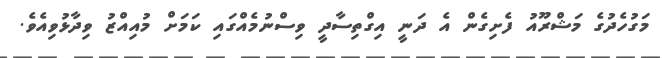
މަގުހެދުގެ މަޝްރޫއު ފެށިގެން އެ ދަނީ އިގްތިސާދީ ވިސްނުމެއްގައި ކަމަށް މުއިއްޒު ވިދާޅުވިއެވެ.